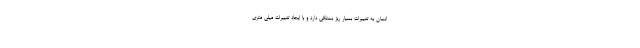
انسان به تغییرات بسیار ریز بستگی دارد و با ایجاد تغییرات میلی متری